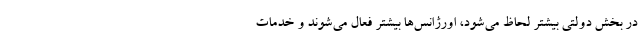
در بخش دولتی بیشتر لحاظ می‌شود، اورژانس‌ها بیشتر فعال می‌شوند و خدمات